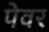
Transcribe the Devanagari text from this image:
पेवर